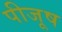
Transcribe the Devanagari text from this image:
पीजूष